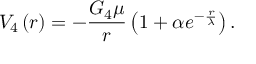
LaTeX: V _ { 4 } \left( r \right) = - \frac { G _ { 4 } \mu } { r } \left( 1 + \alpha e ^ { - \frac { r } { \lambda } } \right) .